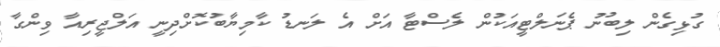
ގުޅިގެން ލިބުނު ޕެނަލްޓީއަކުން ލެސްޓާ އަށް އެ ލަނޑު ކާމިޔާބުކޮށްދިނީ އަލްޖީރިއާ ވިންގާ